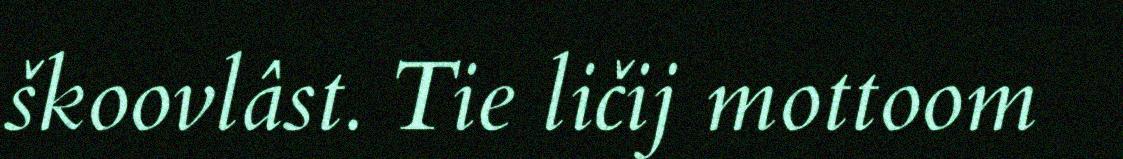
škoovlâst. Tie ličij mottoom